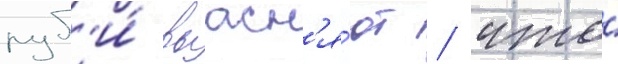
руб'и́ выасн'я́ют / что́